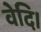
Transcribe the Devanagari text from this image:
वेदि।